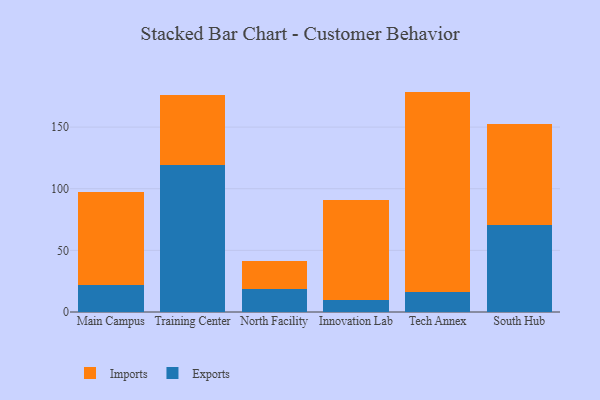
{"axis": {"x": "Campus", "y": "Page Views"}, "legend": ["Exports", "Imports"], "data": [{"x": "Main Campus", "y": 22.1, "type": "Exports"}, {"x": "Main Campus", "y": 75.4, "type": "Imports"}, {"x": "Training Center", "y": 119.6, "type": "Exports"}, {"x": "Training Center", "y": 56.2, "type": "Imports"}, {"x": "North Facility", "y": 18.4, "type": "Exports"}, {"x": "North Facility", "y": 22.9, "type": "Imports"}, {"x": "Innovation Lab", "y": 9.8, "type": "Exports"}, {"x": "Innovation Lab", "y": 81.2, "type": "Imports"}, {"x": "Tech Annex", "y": 16.2, "type": "Exports"}, {"x": "Tech Annex", "y": 162.6, "type": "Imports"}, {"x": "South Hub", "y": 70.8, "type": "Exports"}, {"x": "South Hub", "y": 81.9, "type": "Imports"}]}